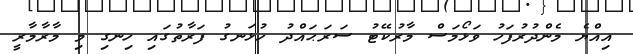
އިއްޔެ މެންދުރުފަހު ވަޅޯމަސް މާރުކޭޓު ސަރަޙައްދު ހުޅަނގު ފަރާތުގައި ހިނގި މި މާރާމާރީ